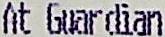
AT GUARDIAN